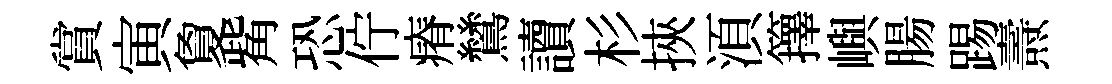
賞寅夐觜恐佇瘠鷥讀杉挾湏籜嶼腸踢燾